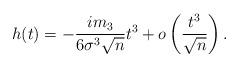
LaTeX: \begin{align*}h(t) = - \frac{i m_3}{6 \sigma^3 \sqrt{n}} t^3 + o \left( \frac{t^3}{\sqrt{n}} \right). \end{align*}